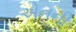
એનની